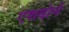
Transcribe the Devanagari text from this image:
एशबोर्न